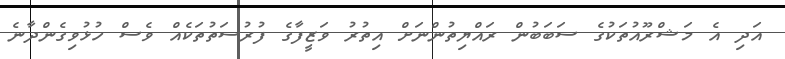
އަދި އެ މަޝްރޫއުތަކުގެ ސަބަބުން ރައްޔިތުންނަށް އިތުރު ވަޒީފާގެ ފުރުސަތުތަކެއް ވެސް ހުޅުވިގެންދާނެ